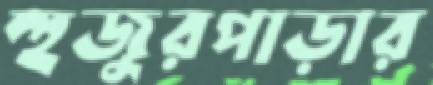
হুজুরপাড়ার